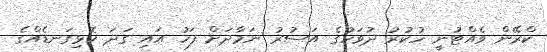
ކްރޭން ވެއްޓުނީ ހުކުރު ދުވަހުގެ އަސުރު ނަމާދަށް ފަހު އައި ގަދަ ކޮޅިގަނޑެއްގެ